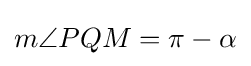
m\angle {PQM}=\pi -\alpha